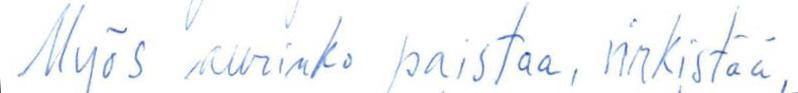
Myös aurinko paistaa, virkistää,